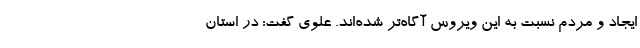
ایجاد و مردم نسبت به این ویروس آگاه‌تر شده‌اند. علوی گفت: در استان